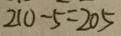
2 1 0 - 5 = 2 0 5